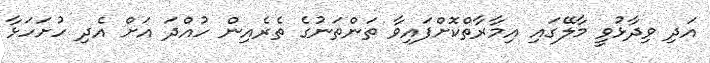
އަދި ވިދާޅުވީ މާލޭގައި އިމާރާތްކޮށްފައިވާ ތަންތަނުގެ ތެރެއިން ހުއްދަ އަށް އެދި ހުށަހަޅާ